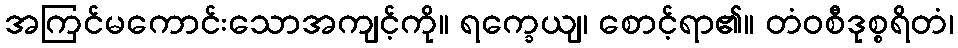
အကြင်မကောင်းသောအကျင့်ကို။ ရက္ခေယျ၊ စောင့်ရာ၏။ တံဝစီဒုစ္စရိတံ၊